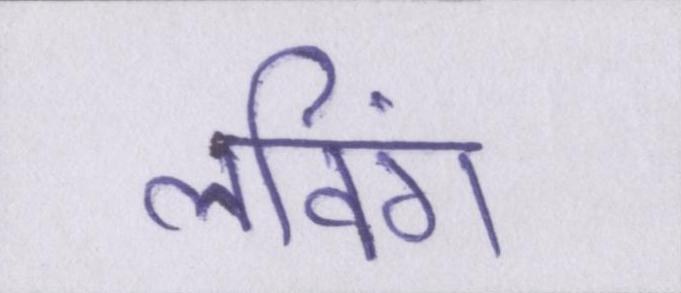
लविंग